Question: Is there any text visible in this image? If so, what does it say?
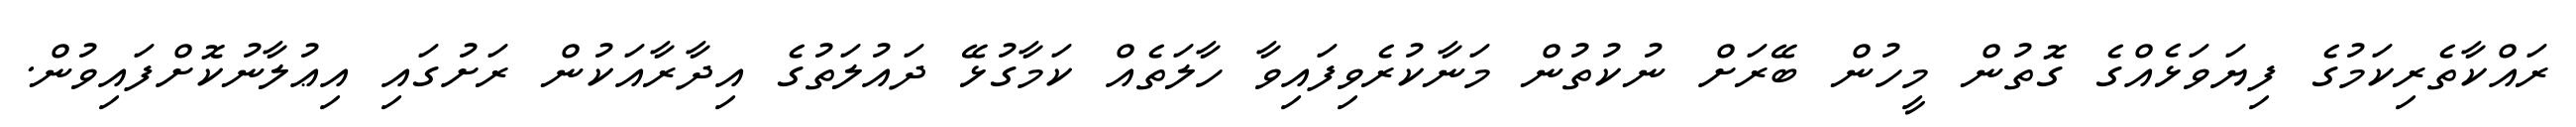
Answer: ރައްކާތެރިކަމުގެ ފިޔަވަޅެއްގެ ގޮތުން މީހުން ބޭރަށް ނުކުތުން މަނާކުރެވިފައިވާ ހާލަތެއް ކަމާގުޅޭ ދައުލަތުގެ އިދާރާއަކުން ރަށުގައި އިޢުލާނުކޮށްފައިވުން.